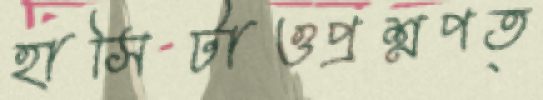
হাসিটাওপ্রশ্নপত্